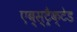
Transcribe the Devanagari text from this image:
एब्स्ट्रैक्टेड